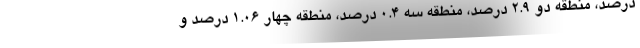
درصد، منطقه دو ۲.۹ درصد، منطقه سه ۰.۴ درصد، منطقه چهار ۱.۰۶ درصد و